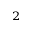
_ 2